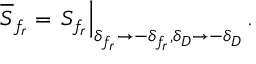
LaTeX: \overline { { { S } } } _ { f _ { r } } = \left. S _ { f _ { r } } \right| _ { \delta _ { f _ { r } } \to - \delta _ { f _ { r } } , \delta _ { D } \to - \delta _ { D } } .